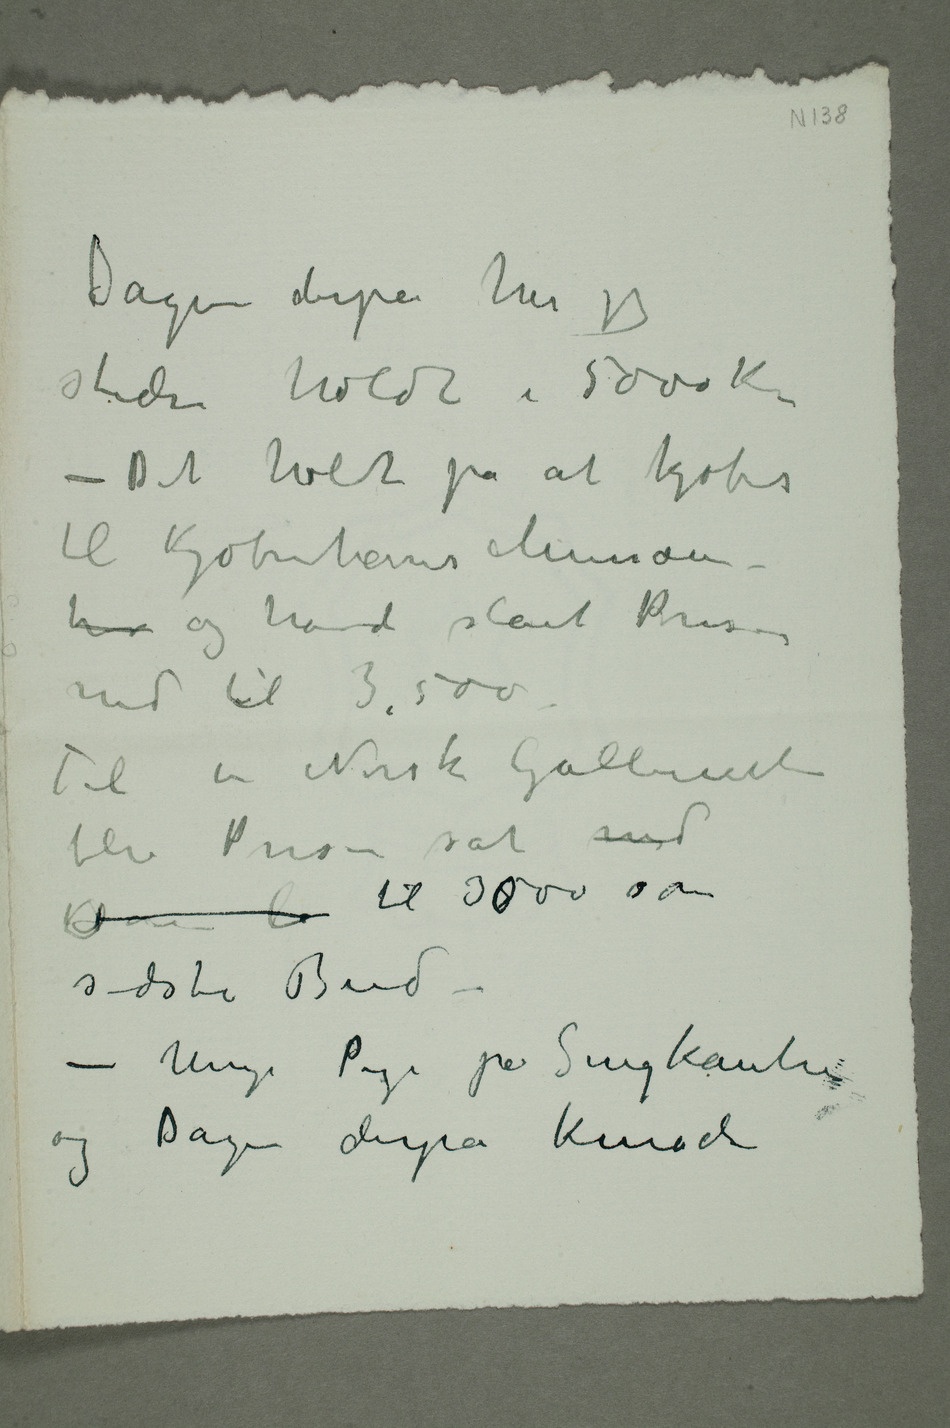
Dagen derpå har jeg
stadi holdt i 5000 Kr.
– Det holdt på at kjøbes
hv og havde slået Prisen
Til det Norske Galleriet
blev Prisen sat ned
sidste Bud –
– Ung Pige på Sengekanten
og Dagen derpå kunde